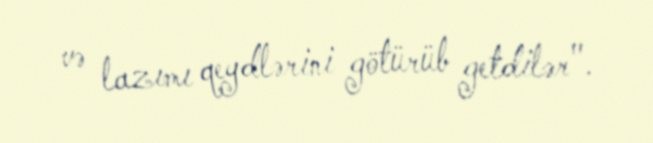
və lazımı qeydlərini götürüb getdilər".